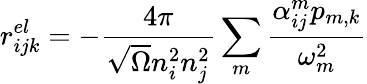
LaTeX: r_{ijk}^{el}=-\frac{4\pi}{\sqrt{\Omega}n_{i}^{2}n_{j}^{2}}\sum_{m}\frac{\alpha_{ij}^{m}p_{m,k}}{\omega_{m}^{2}}